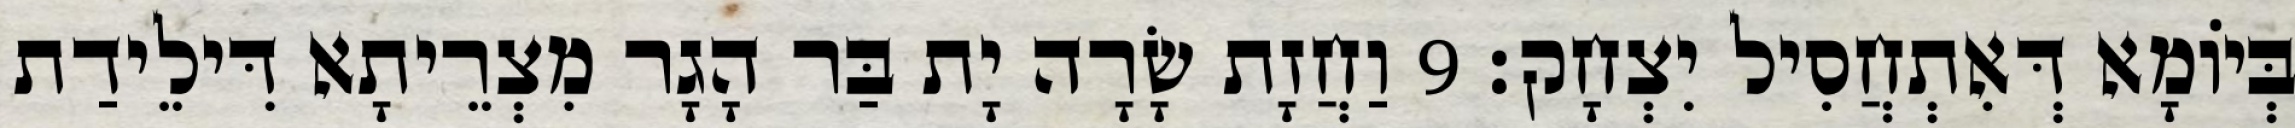
בְּיוֹמָא דְּאִתְחֲסִיל יִצְחָק׃ 9 וַחֲזָת שָׂרָה יָת בַּר הָגָר מִצְרֵיתָא דִּילֵידַת